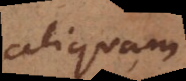
aliquam